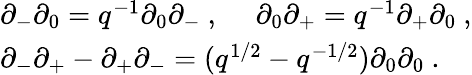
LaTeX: \begin{array}{l}{{\partial_{-}\partial_{0}=q^{-1}\partial_{0}\partial_{-}~,~~~~~\partial_{0}\partial_{+}=q^{-1}\partial_{+}\partial_{0}~,}}\\ {{\partial_{-}\partial_{+}-\partial_{+}\partial_{-}=(q^{1/2}-q^{-1/2})\partial_{0}\partial_{0}~.}}\end{array}